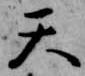
天